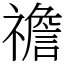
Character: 䄡